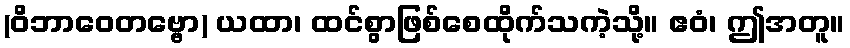
(ဝိဘာဝေတဗ္ဗော) ယထာ၊ ထင်စွာဖြစ်စေထိုက်သကဲ့သို့။ ဧဝံ၊ ဤအတူ။